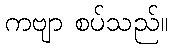
ကဗျာ စပ်သည်။